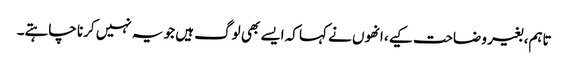
تاہم، بغیر وضاحت کیے، انھوں نے کہا کہ ایسے بھی لوگ ہیں جو یہ نہیں کرنا چاہتے۔